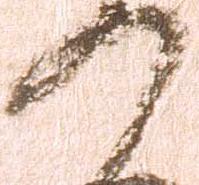
の